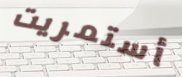
أستمريت